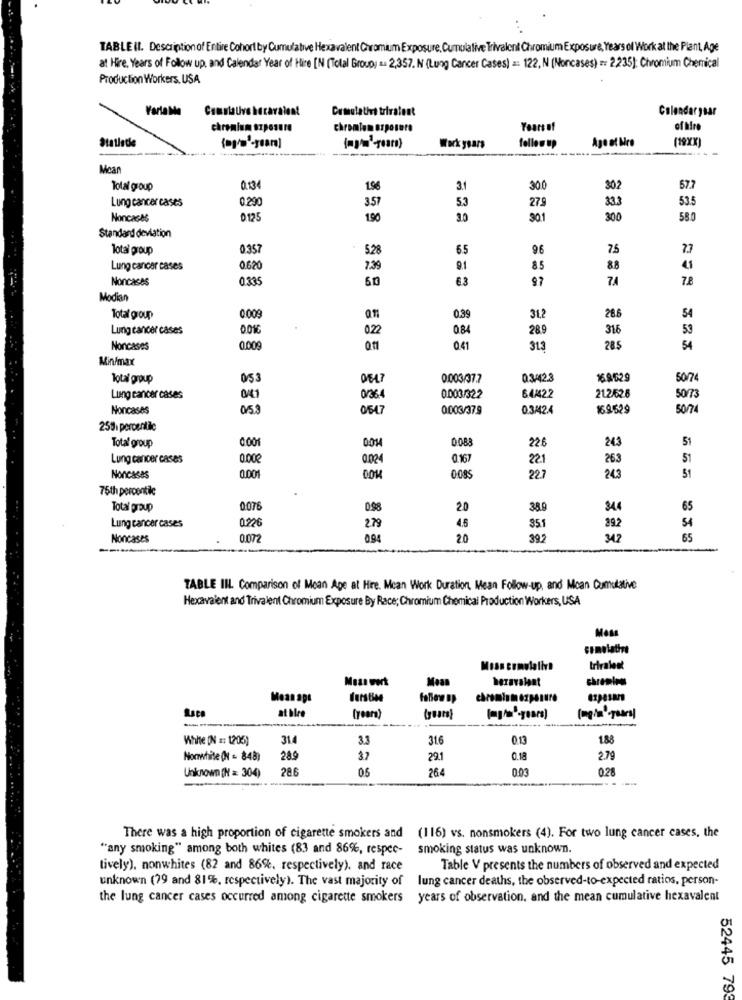
TABLE II. Description of Entire Cohort by Cumulative Hexavalent Chromium Exposure, Cumulative Trivalent Chromium Exposure, Years of Work at the Plant, Age
at Hire, Years of Follow up. and Calendar Year of Hire [N (Tolal Group) : 2,357. N (Lung Cancer Cases) =: 122, N (Noncases) == 2235): Chromium Chemical
Production Workers. USA
VarlaMa
Countalive hecava
Cumulative trivalent
Calendaryear
chromium exposure
chromium arposete
Years of
of hire
Statistie
Agoat Mro
(19XX)
Work years
follow Up
Mcar
Total group
0.134
3.1
30.0
302
57.7
Lung cancer cases
0.290
279
333
53.5
3.57
5.3
Noncaces
0125
190
3.0
301
300
580
Standard deviation
Total proup
0.357
5.28
6.5
96
7.5
7.7
Lung cancer cases
2620
2.39
9.1
85
88
Noncases
033
60
63
97
74
7.8
Modian
Total group
0.00
0.39
31.2
286
54
Lung cancer cases
022
0.84
28.9
316
53
Noncases
0.009
041
313
28.5
54
Min/max
Total group
053
0647
0.003/37.7
03/42.3
169629
50/7
Lung cancer cases
0/36.4
0.003/322
64422
212/62.6
50/73
Noncases
05.3
0647
0.003/37.9
0.3442.4
169529
50/74
258 percentile
Total group
0.001
0088
226
243
5
0014
Lung cancer cases
0.00
0.167
22.1
263
51
243
Noncases
0.001
0.085
227
51
75th percentile
Total group
0076
0.98
20
38.9
344
65
Lung cancer cases
0220
2.79
4.5
351
892
54
Noncases
094
20
397
342
65
TABLE III. Comparison of Mean Age at Hire. Mcan Work Duration, Mean Follow-up, and Moan Cumulative
Hexavalent and Trivalent Chromium Exposure By Race; Chromium Chemical Production Workers, USA
Moss
trivalent
Moss wert
Moan
hexavalent
Mean age
chromium exposure
at hire
(years)
(years)
--
White (N =: 1205)
314
3.3
316
013
1.88
Nonwhite (N = 848)
289
37
221
0.18
2.79
Unknown (N = 304)
286
05
264
0.03
028
There was a high proportion of cigarette smokers and
(116) vs. nonsmokers (4). For two lung cancer cases, the
"any smoking" among both whites (83 and 86%, respec-
smoking status was unknown.
tively), nonwhites (82 and 86%, respectively). and race
Table V presents the numbers of observed and expected
unknown (79 and 81%, respectively). The vast majority of
lung cancer deaths, the observed-to-expected ratios, person-
the lung cancer cases occurred among cigarette smokers years of observation, and the mean cumulative hexavalent
52445 793